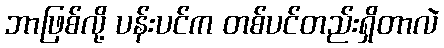
ဘာဖြစ်လို့ ပန်းပင်က တစ်ပင်တည်းရှိတာလဲ